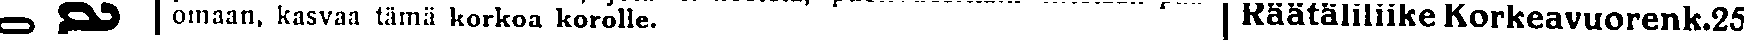
omaan, kasvaa tämä korkoa korolle. Räätäliliike Korkeavuorenk.25